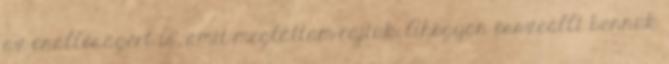
az önállóságért is, amit megláttam rajtuk. Ahogyan összeállt bennük